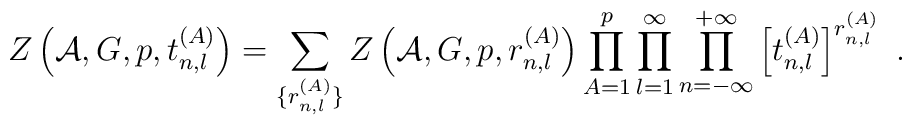
Z\left({\cal A},G,p,t^{(A)}_{n,l}\right) = \sum_{\{r^{(A)}_{n,l}\}}Z\left({\cal A},G,p,r^{(A)}_{n,l}\right) \prod_{A=1}^p \prod_{l=1}^{\infty}\prod_{n=-\infty}^{+\infty}  \left[t_{n,l}^{(A)}\right]^{r^{(A)}_{n,l}}~.